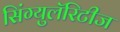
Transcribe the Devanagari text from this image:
सिंग्युलॅरिटीज